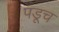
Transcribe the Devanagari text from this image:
पडूच